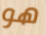
هو